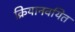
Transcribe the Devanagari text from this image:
क्रियानवयित